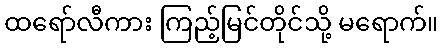
ထရော်လီကား ကြည့်မြင်တိုင်သို့ မရောက်။